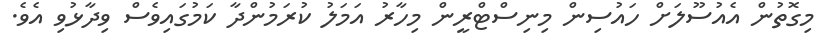
މިގޮތުން އެއުސޫލަށް ހައުސިން މިނިސްޓްރީން މިހާރު އަމަލު ކުރަމުންދާ ކަމުގައިވެސް ވިދާޅުވި އެވެ.